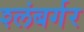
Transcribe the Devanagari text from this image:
श्लंबर्गर